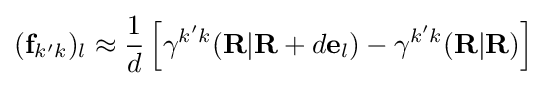
(\mathbf {f} _{k'k})_{l}\approx {\frac {1}{d}}\left[\gamma ^{k'k}(\mathbf {R} |\mathbf {R} +d\mathbf {e} _{l})-\gamma ^{k'k}(\mathbf {R} |\mathbf {R} )\right]